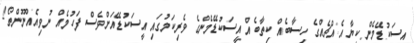
އީސަކުޑޭމެން ކިޔާ އެއްޗެއްގެ ހިސާބެއް ކިތާބެއް އީސަކުޑޭމެންގެ ވެރިކަމުގައި އީސަކުޑޭއަށްވެސް ފަހުމެއް ނުވިއެއްނޫންތޯ!